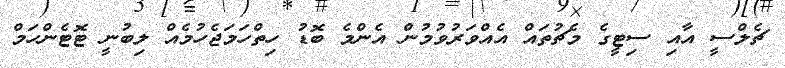
ޗެލްސީ އާއި ސިޓީގެ މެޗުތައް އެއްވަރުވުމުން އެންމެ ބޮޑު ހިތްހަމަޖެހުމެއް ލިބުނީ ޓޮޓެންހަމް